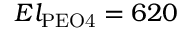
E l _ { \mathrm { P E O 4 } } = 6 2 0